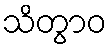
သိတွာဝ